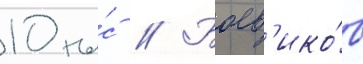
10 ты́с // Боев'ико́в